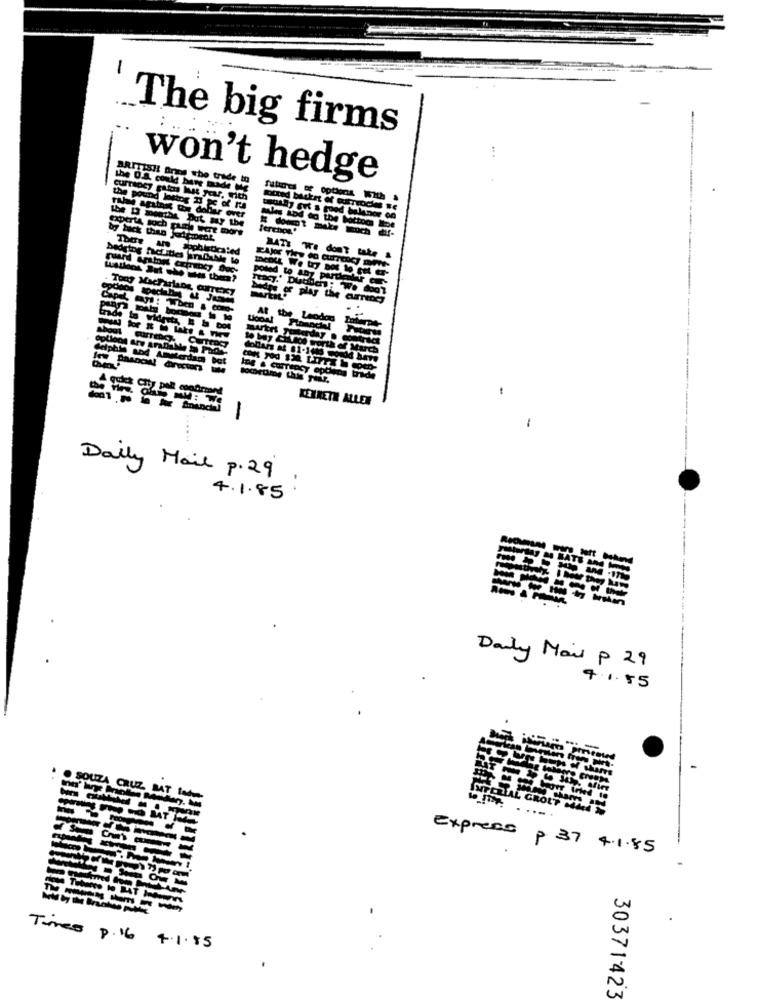
-
The big firms
:
won't hedge
& could have made
futures of options With $
the pound lostryg 13 pc of Its
the D months Dut may the
rule agitoss tor dobar over
expert4 soch purk eat mor
ferchos.
by back then JteDedt,
Badging facLitles kraDuble Wo
MATE We don't take a
poled to Any partier
Tony MacFarlane, aufTexy
Tracy,' Dutiichs: We foot
At the Leodog
mirtes guterday .
ostrid
Delphis and Amsterdam be
-
KEXXETR ALLEN
-
Daily Mail P. 29
4.1.85
Daily Mail P 29
41.55
...
Express p 37 4.1.85
.
Times p. 16 4.1.85
30371423